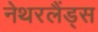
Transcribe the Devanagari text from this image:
नेथरलैंड्स